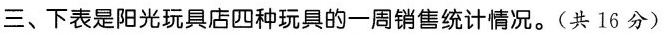
三、下表是阳光玩具店四种玩具的一周销售统计情况。(共16分)